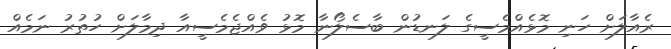
ރެއާލަށް ހަނި މޮޅެއްމެސީގެ ލަނޑުން ބާސެލޯނާ މޮޅު ވެއްޖެމެސީއާ ދިމާލަށް ހުތުރު ނަމެއް